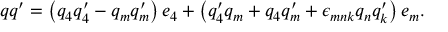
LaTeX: q q ^ { \prime } = \left( q _ { 4 } q _ { 4 } ^ { \prime } - q _ { m } q _ { m } ^ { \prime } \right) e _ { 4 } + \left( q _ { 4 } ^ { \prime } q _ { m } + q _ { 4 } q _ { m } ^ { \prime } + \epsilon _ { m n k } q _ { n } q _ { k } ^ { \prime } \right) e _ { m } .